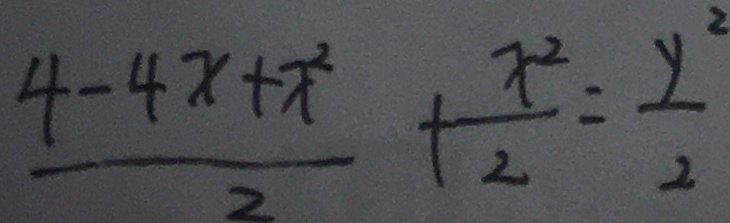
\frac { 4 - 4 x + x ^ { 2 } } { 2 } + \frac { x ^ { 2 } } { 2 } = \frac { y ^ { 2 } } { 2 }